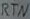
Text: RTN